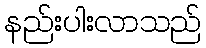
နည်းပါးလာသည်